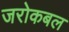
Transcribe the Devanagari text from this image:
जरोकबल